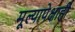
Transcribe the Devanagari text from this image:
मूल्यापेक्षाही